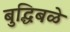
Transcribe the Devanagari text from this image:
बुद्धिबळे